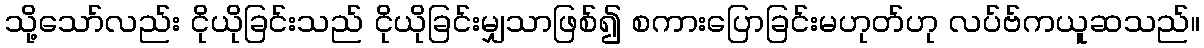
သို့သော်လည်း ငိုယိုခြင်းသည် ငိုယိုခြင်းမျှသာဖြစ်၍ စကားပြောခြင်းမဟုတ်ဟု လပ်ဗ်ကယူဆသည်။